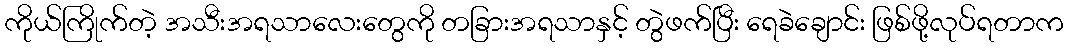
ကိုယ်ကြိုက်တဲ့ အသီးအရသာလေးတွေကို တခြားအရသာနှင့် တွဲဖက်ပြီး ရေခဲချောင်း ဖြစ်ဖို့လုပ်ရတာက